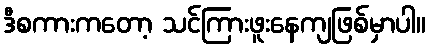
ဒီစကားကတော့ သင်ကြားဖူးနေကျဖြစ်မှာပါ။